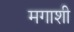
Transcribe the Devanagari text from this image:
मगाशी